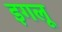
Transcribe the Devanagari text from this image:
इगलू